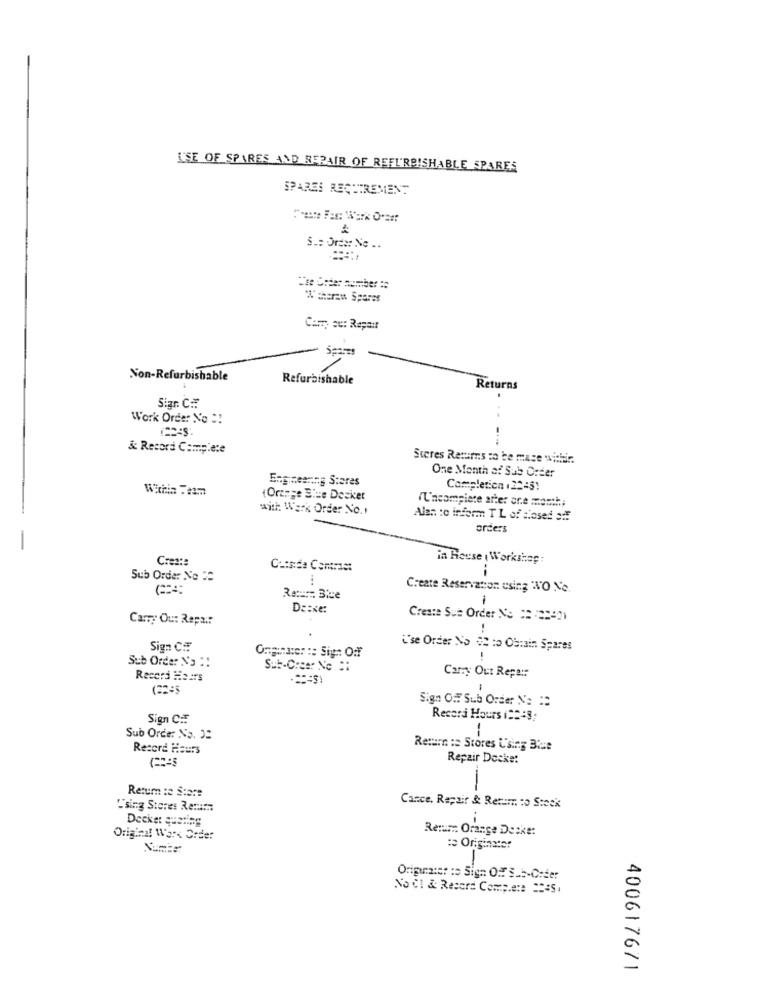
USE OF SPARES AND REPAIR OF REFURBISHABLE SPARES
SPARES REQUIREMENT
S .: Orta: No ..
W'sheren Sparer
Cam au: Repair
Non-Refurbishable
Refurbishable
Returns
Sigr. C.
Work Order No ::
& Record Complete
Steres Returns to be mase war.
One Month of Sub Order
Engineering Stares
Within :m
Completion .2245:
(Orange Stue Decker
(U'ncompiere arter are memth;
with Werk Order No.
Alan to inform TL of closed off
orders
Crest:
in House ( Workshop:
Cuesta Comme:
Sub Order No ==
Create Reservation using NO Ne.
Re ::::: Bice
1
De:xe:
Carry Ou: Repair
Create Sue Order No == ==== 2)
Sign CF
L'se Order No 52 to Obrain Spares
Sub Order No ::
ORginare: :: Sig: Off
Sub-Crear Ne ::
Record Hairs
Carry Out Repa ::
(2245
-
Sign OFF Sub Order No :2
Sign C.F
Record Hours ( === 8;
-
Sub Orde: No. "
Record Hours
Return : Stores Using Bise
Repair Docke:
Return :e Stare
Using Stores Rerumn
Cance. Repair & Retem to Stock
Decker quening
Remir Orange Deske:
Original Work Order
: Originator
Originator to Sign Off Sub-Créer
Noet & Record Compete 22:51
400617671